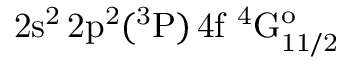
\mathrm { 2 s ^ { 2 } \, 2 p ^ { 2 } ( ^ { 3 } P ) \, 4 f ~ ^ { 4 } G _ { 1 1 / 2 } ^ { o } }